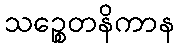
သဉ္စေတနိကာန